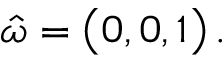
\boldsymbol { \hat { \omega } } = \big ( 0 , 0 , 1 \big ) \, .